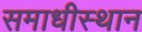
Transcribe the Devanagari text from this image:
समाधीस्थान